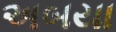
અબયા